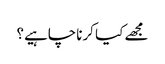
مجھے کیا کرناچاہیے؟